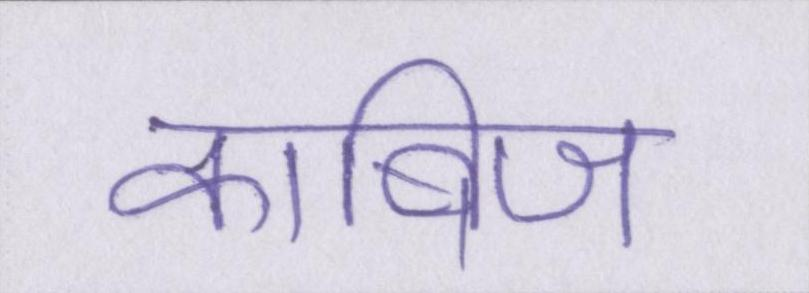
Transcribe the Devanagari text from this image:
काबिज